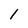
Character: l